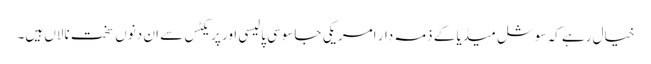
خیال رہے کہ سوشل میڈیا کے ذمہ دار امریکی جاسوسی پالیسی اور پریکٹس سے ان دنوں سخت نالاں ہیں۔